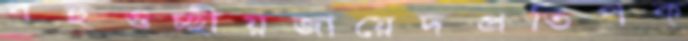
বহুগুচ্ছীয়জায়েদপ্রতিপক্